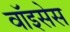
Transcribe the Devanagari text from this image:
वॉइसेस